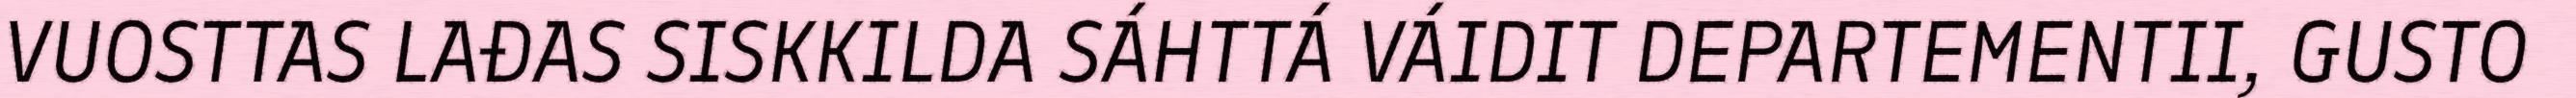
VUOSTTAS LAĐAS SISKKILDA SÁHTTÁ VÁIDIT DEPARTEMENTII, GUSTO